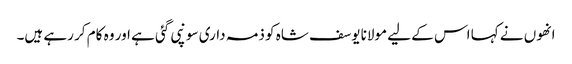
انھوں نے کہا اس کے لیے مولانا یوسف شاہ کو ذمہ داری سونپی گئی ہے اور وہ کام کر رہے ہیں۔